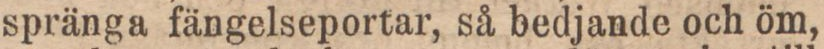
spränga fängelseportar, så bedjande och öm,